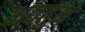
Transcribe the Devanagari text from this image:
भवतुमे